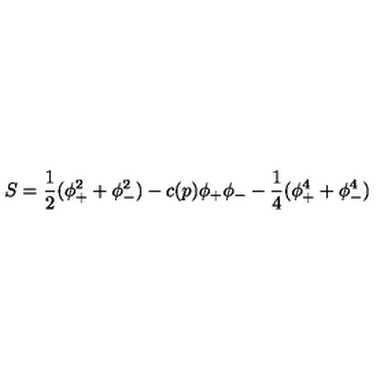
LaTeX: S = { \frac { 1 } { 2 } } ( \phi _ { + } ^ { 2 } + \phi _ { - } ^ { 2 } ) - c ( p ) \phi _ { + } \phi _ { - } - { \frac { 1 } { 4 } } ( \phi _ { + } ^ { 4 } + \phi _ { - } ^ { 4 } )